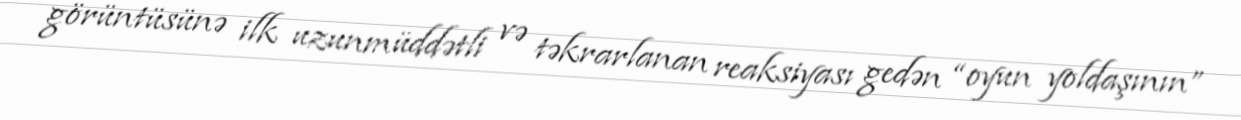
görüntüsünə ilk uzunmüddətli və təkrarlanan reaksiyası gedən “oyun yoldaşının”